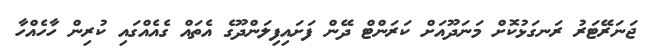
ޖަނަރޭޓަރު ރަނގަޅުކޮށް މަނަދޫއަށް ކަރަންޓް ދޭން ފަށައިފިލަންދޫގެ އެތައް ގެއެއްގައި ކުރިން ހާހެއްހާ